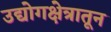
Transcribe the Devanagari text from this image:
उद्योगक्षेत्रातून